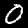
Digit: 0